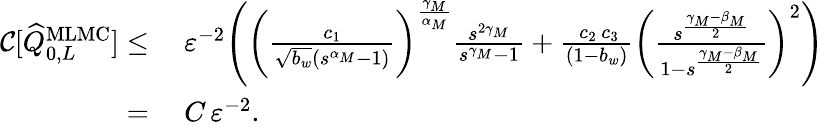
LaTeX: \begin{array}{rl}{{\mathcal{C}}[\widehat{Q}_{0,L}^{\mathrm{MLMC}}]\leq}&{\ \varepsilon^{-2}\Bigg(\bigg(\frac{c_{1}}{\sqrt{b_{w}}(s^{\alpha_{M}}-1)}\bigg)^{\frac{\gamma_{M}}{\alpha_{M}}}\frac{s^{2\gamma_{M}}}{s^{\gamma_{M}}-1}+\frac{\, c_{2}\, c_{3}}{(1-b_{w})}\bigg(\frac{s^{\frac{\gamma_{M}-\beta_{M}}{2}}}{1-s^{\frac{\gamma_{M}-\beta_{M}}{2}}}\bigg)^{2}\Bigg)}\\ {=}&{\ C\, \varepsilon^{-2}.}\end{array}